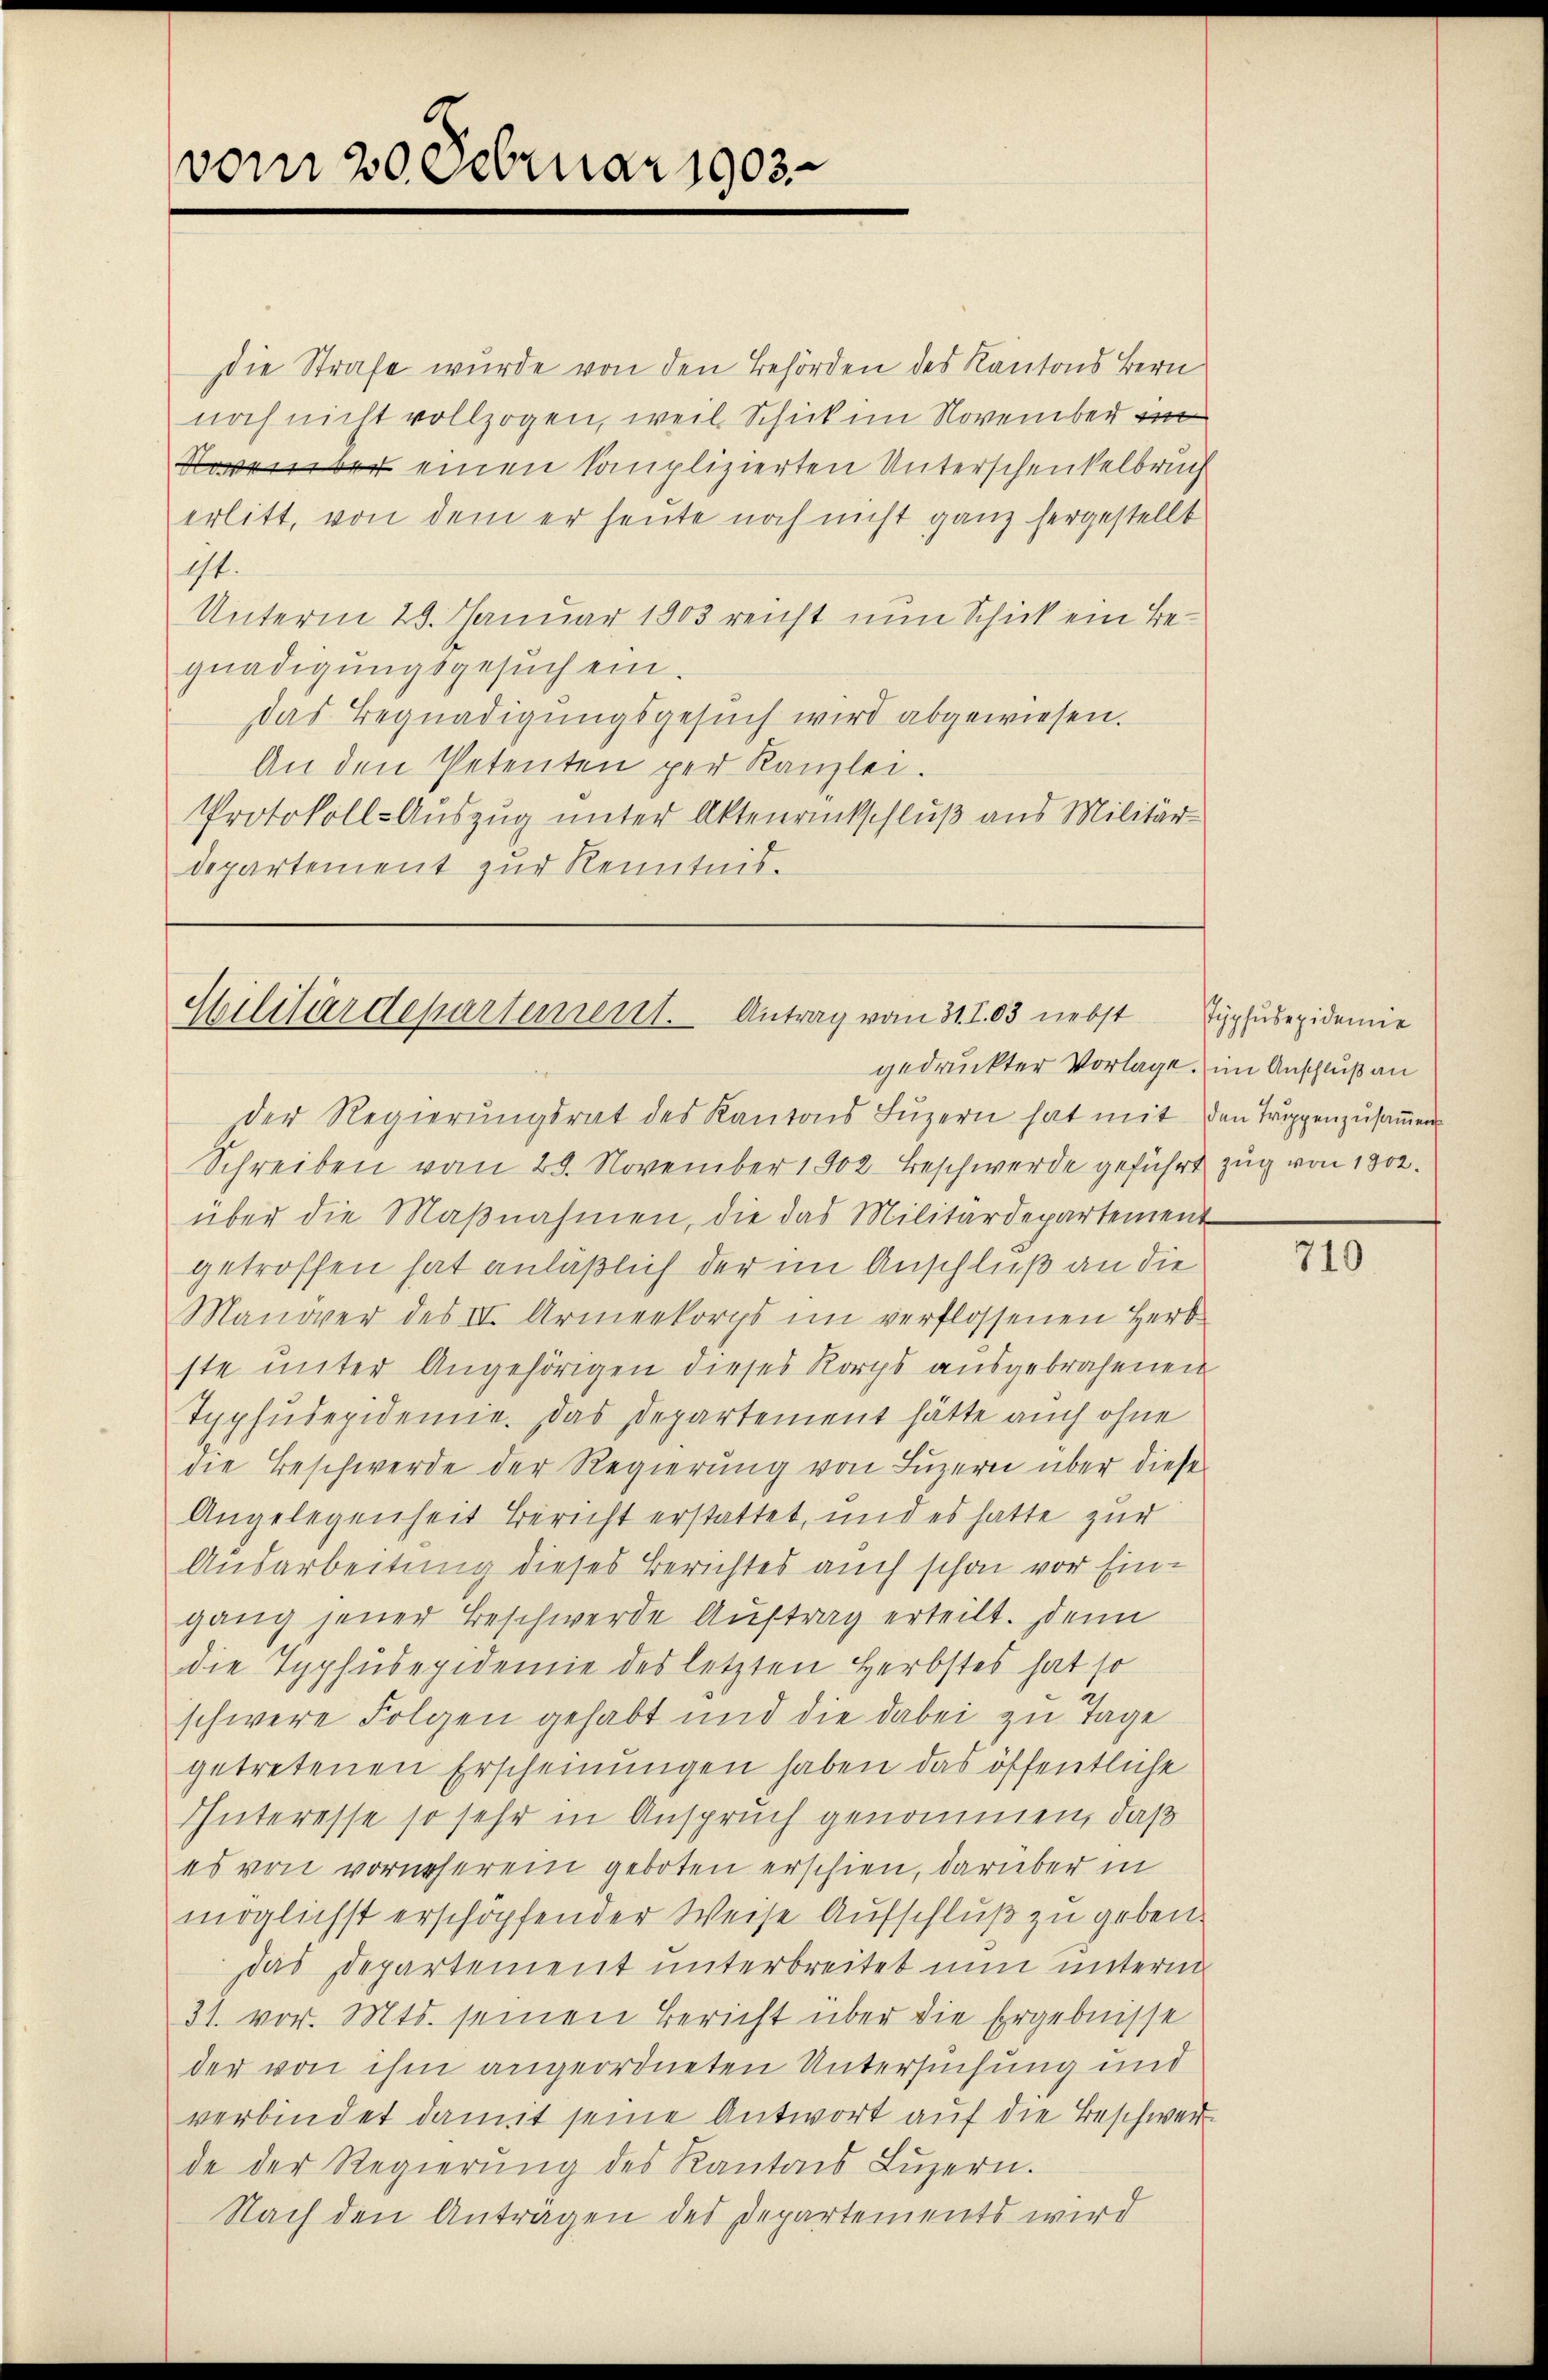
vom 20. Februar 1903

Die Strafe wurde von den Behörden des Kantons Bern
noch nicht vollzogen, weil Schick im November im
November einen komplizierten Unterschenkelbruch
erlitt, von dem er heute noch nicht ganz hergestellt
1t.
Unterm 29. Januar 1803 reicht nun Schick ein Begnadigungsgesuch ein.
das Begnadigungsgesuch wird abgewiesen.
An den Petenten per Kanzlei.
Protokoll-Auszug unter Aktenrückschluß aus Militär-
departement zŭr Kenntnis.

Militärdepartement. Antrag vom 31. I. 83 nebst
gedruckter Vorlage, im Anschluß an

der Regierungsrat des Kantons Luzern hat mit den Truppenzusammen
Schreiben vom 29. November 1902. Beschwerde geführt zug von 1802.
über die Maßnahmen, die das Militärdepartement
getroffen hat anläßlich der im Anschluß an die
Manöver des III. Armeekorps im verflossenen Herb-
ste unter Angehörigen dieses Korps ausgebrachenen
Typhudepidemie. Das Departement hätte auch ohne
die Beschwerde der Regierung von Luzern über diese
Angelegenheit Bericht erstattet, und es hatte zur
Ausarbeitung dieses Berichtes auch schon vor Eingang jener Beschwerde Auftrag erteilt. Denn
die Typhusepidemie des letzten Herbstes hat so
schwere Folgen gehabt und die dabei zu Tage
getretenen Erscheinungen haben das öffentliche
Interesse so sehr in Anspruch genommen, daß
es von vornherein geboten erschien, darüber in
möglichst erschopfender Weise Aufschluß zu geben.
das Departement unterbreitet nun unterm
31. vor. Mts. seinen Bericht über die Ergebnisse
der von ihm angeordneten Untersuchung und
verbindet damit seine Antwort auf die Beschwerde der Regierŭng des Kantons Lŭzern.
Nach den Anträgen des Departements wird

Pypsudepidemie

710.